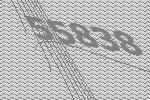
55838